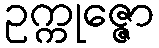
ဥက္ကုဇ္ဇော